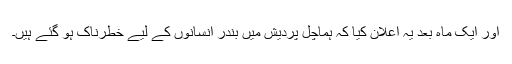
اور ایک ماہ بعد یہ اعلان کیا کہ ہماچل پردیش میں بندر انسانوں کے لیے خطرناک ہو گئے ہیں۔